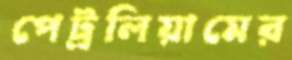
পেট্রলিয়ামের